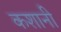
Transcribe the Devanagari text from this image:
कशानी